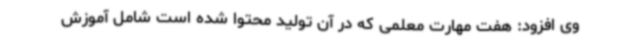
وی افزود: هفت مهارت معلمی که در آن تولید محتوا شده است شامل آموزش